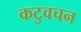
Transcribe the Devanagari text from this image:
कटुवचन